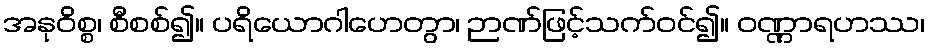
အနုဝိစ္စ၊ စီစစ်၍။ ပရိယောဂါဟေတွာ၊ ဉာဏ်ဖြင့်သက်ဝင်၍။ ဝဏ္ဏာရဟဿ၊